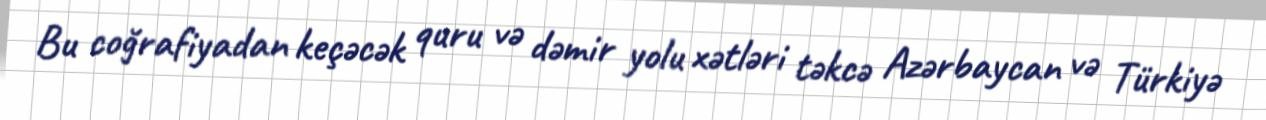
Bu coğrafiyadan keçəcək quru və dəmir yolu xətləri təkcə Azərbaycan və Türkiyə